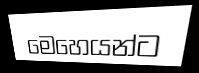
මෙහෙයන්ට